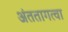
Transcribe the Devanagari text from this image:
अंततागत्वा